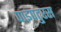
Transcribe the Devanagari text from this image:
पाइपटुरस